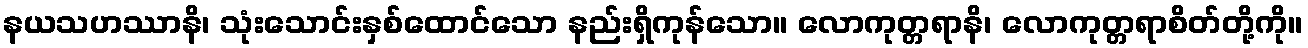
နယသဟဿာနိ၊ သုံးသောင်းနှစ်ထောင်သော နည်းရှိကုန်သော။ လောကုတ္တရာနိ၊ လောကုတ္တရာစိတ်တို့ကို။